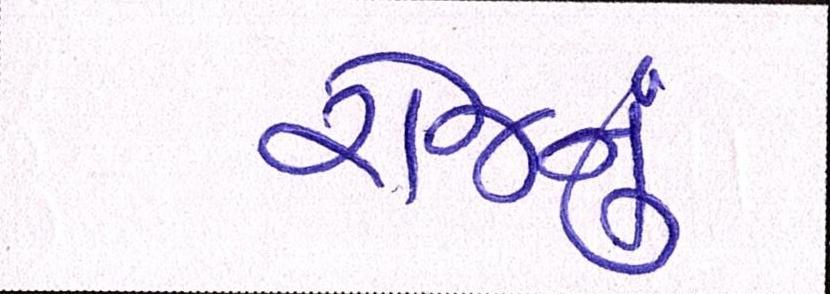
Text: રોજનું